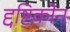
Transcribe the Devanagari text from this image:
द्दष्टिकोन